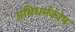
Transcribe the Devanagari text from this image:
अभिधर्मकोष